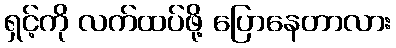
ရှင့်ကို လက်ထပ်ဖို့ ပြောနေတာလား